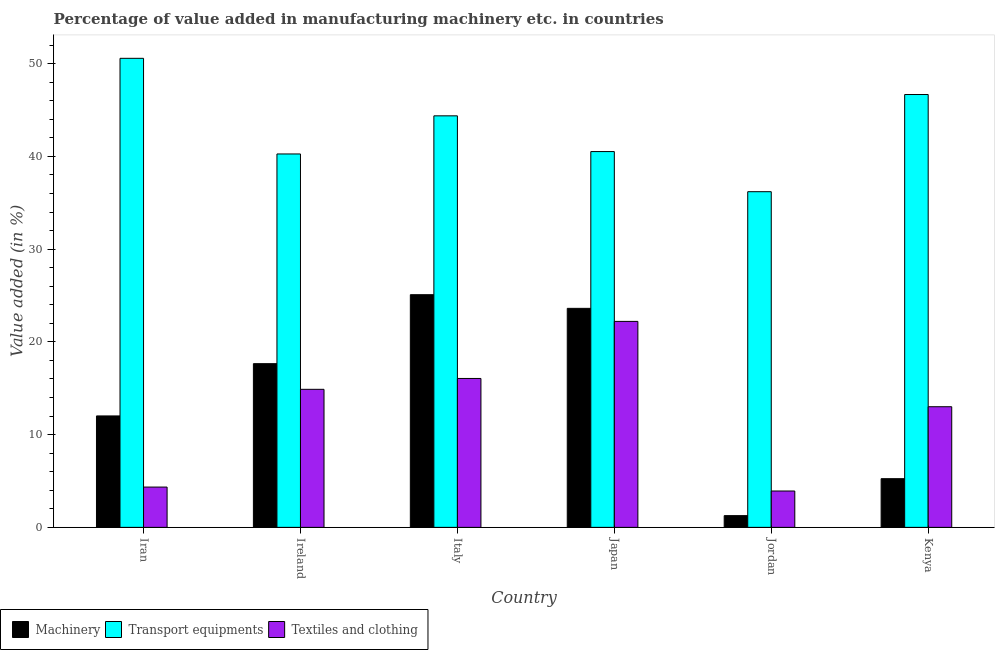
| Country | Machinery | Transport equipments | Textiles and clothing |
 | --- | --- | --- | --- |
 | Iran | 12 | 50.6 | 4.34 |
 | Ireland | 17.6 | 40.3 | 14.9 |
 | Italy | 25.1 | 44.4 | 16.1 |
 | Japan | 23.6 | 40.5 | 22.2 |
 | Jordan | 1.26 | 36.2 | 3.92 |
 | Kenya | 5.25 | 46.7 | 13 |